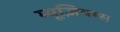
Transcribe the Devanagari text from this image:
म्यूज़ियम्स